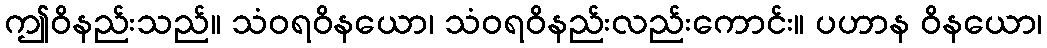
ဤဝိနည်းသည်။ သံဝရဝိနယော၊ သံဝရဝိနည်းလည်းကောင်း။ ပဟာန ဝိနယော၊